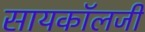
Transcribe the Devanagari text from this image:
सायकॉलजी